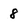
Character: 8